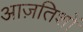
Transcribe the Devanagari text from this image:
आज़तिशों